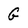
Character: G